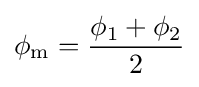
\phi _{\textrm {m}}={\frac {\phi _{1}+\phi _{2}}{2}}